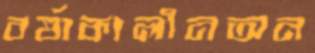
বর্ষাকালীনঅন